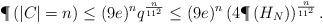
LaTeX: \begin{align*}\P\left(\left|C_{}\right|=n\right) \leq (9e)^n q^{\frac{n}{11^2}} \leq (9e)^n\left(4\P\left(H_N\right)\right)^{\frac{n}{11^2}}.\end{align*}